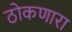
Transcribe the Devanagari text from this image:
ठोकणारा